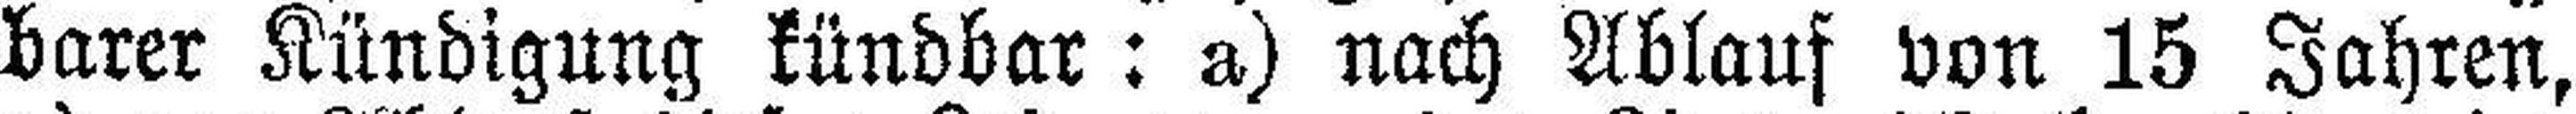
barer Kündigung kündbar: a) nach Ablauf von 15 Jahren,